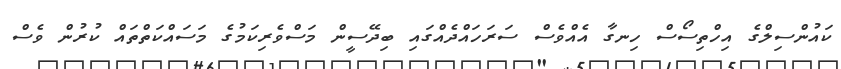
ކައުންސިލްގެ އިހްތިސޯސް ހިނގާ އެއްވެސް ސަރަހައްދެއްގައި ބިދޭސީން މަސްވެރިކަމުގެ މަސައްކަތްތައް ކުރުން ވެސް